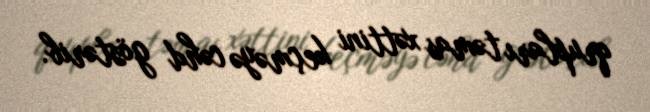
qrupları təmas xəttini keçməyə cəhd göstərib.